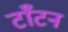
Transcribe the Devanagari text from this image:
टाँटन